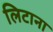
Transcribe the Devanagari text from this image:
लिटाना